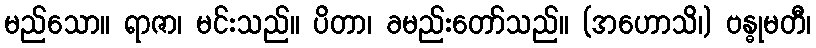
မည်သော။ ရာဇာ၊ မင်းသည်။ ပိတာ၊ ခမည်းတော်သည်။ (အဟောသိ၊) ဗန္ဓုမတီ၊